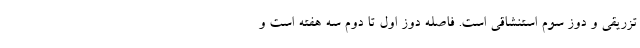
تزریقی و دوز سوم استنشاقی است. فاصله دوز اول تا دوم سه هفته است و